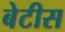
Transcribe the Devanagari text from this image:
बेटीस